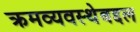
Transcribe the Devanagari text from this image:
क्रमव्यवस्थेबद्दल